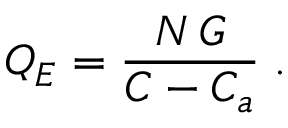
Q _ { E } = \frac { N \, G } { C - C _ { a } } \; .